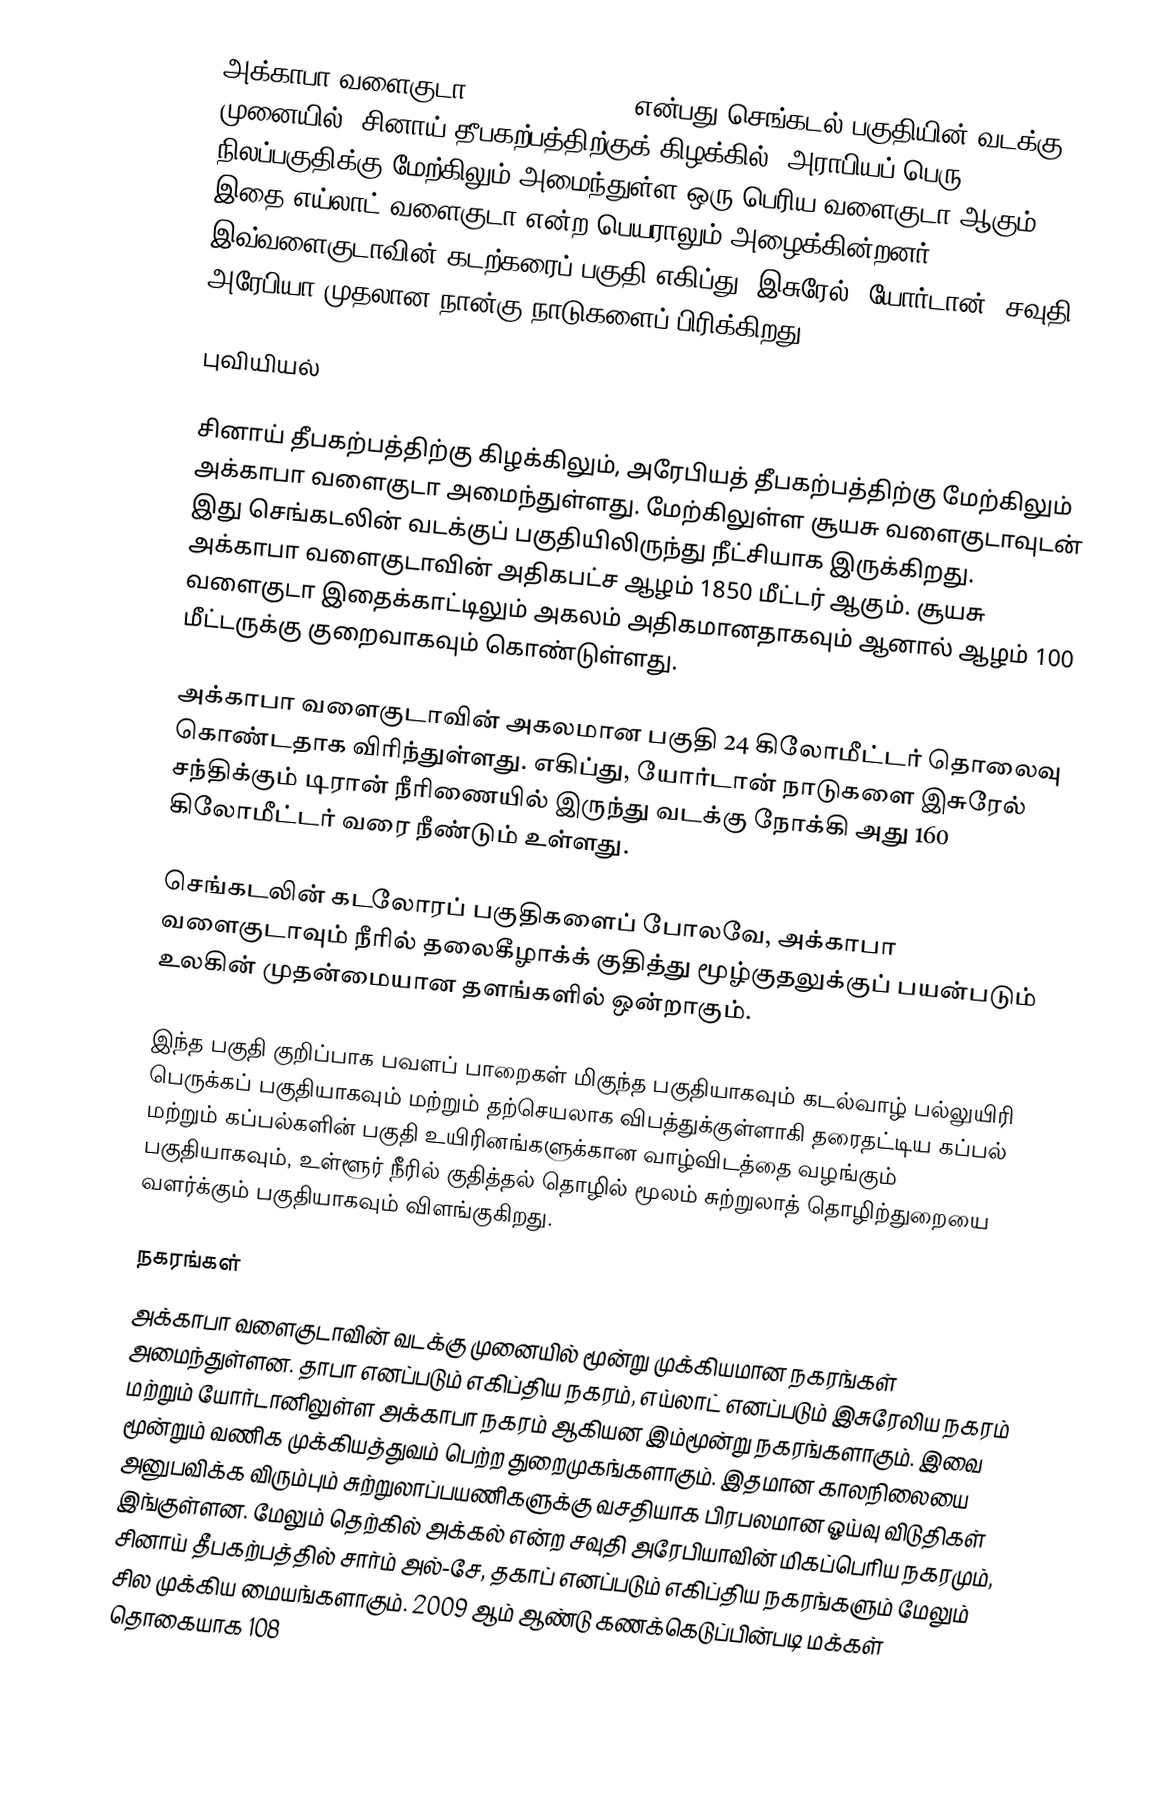
அக்காபா வளைகுடா (Gulf of Aqaba)  என்பது செங்கடல் பகுதியின் வடக்கு முனையில், சினாய் தீபகற்பத்திற்குக் கிழக்கில். அராபியப் பெரு நிலப்பகுதிக்கு மேற்கிலும் அமைந்துள்ள ஒரு பெரிய வளைகுடா ஆகும். இதை எய்லாட் வளைகுடா என்ற பெயராலும் அழைக்கின்றனர். இவ்வளைகுடாவின் கடற்கரைப் பகுதி எகிப்து, இசுரேல். யோர்டான், சவுதி அரேபியா முதலான நான்கு நாடுகளைப் பிரிக்கிறது.

புவியியல்

சினாய் தீபகற்பத்திற்கு கிழக்கிலும், அரேபியத் தீபகற்பத்திற்கு மேற்கிலும் அக்காபா வளைகுடா அமைந்துள்ளது. மேற்கிலுள்ள சூயசு வளைகுடாவுடன் இது செங்கடலின் வடக்குப் பகுதியிலிருந்து நீட்சியாக இருக்கிறது. அக்காபா வளைகுடாவின் அதிகபட்ச ஆழம் 1850 மீட்டர் ஆகும். சூயசு வளைகுடா இதைக்காட்டிலும் அகலம் அதிகமானதாகவும் ஆனால் ஆழம் 100 மீட்டருக்கு குறைவாகவும் கொண்டுள்ளது.

அக்காபா வளைகுடாவின் அகலமான பகுதி 24 கிலோமீட்டர் தொலைவு கொண்டதாக விரிந்துள்ளது. எகிப்து, யோர்டான் நாடுகளை இசுரேல் சந்திக்கும் டிரான் நீரிணையில் இருந்து வடக்கு நோக்கி அது 160 கிலோமீட்டர் வரை நீண்டும் உள்ளது.

செங்கடலின் கடலோரப் பகுதிகளைப் போலவே, அக்காபா வளைகுடாவும் நீரில் தலைகீழாக்க் குதித்து மூழ்குதலுக்குப் பயன்படும் உலகின் முதன்மையான தளங்களில் ஒன்றாகும்.

இந்த பகுதி குறிப்பாக பவளப் பாறைகள் மிகுந்த பகுதியாகவும் கடல்வாழ் பல்லுயிரி பெருக்கப் பகுதியாகவும் மற்றும் தற்செயலாக விபத்துக்குள்ளாகி தரைதட்டிய கப்பல் மற்றும் கப்பல்களின் பகுதி உயிரினங்களுக்கான வாழ்விடத்தை வழங்கும் பகுதியாகவும், உள்ளூர் நீரில் குதித்தல் தொழில் மூலம் சுற்றுலாத் தொழிற்துறையை வளர்க்கும் பகுதியாகவும் விளங்குகிறது.

நகரங்கள்
அக்காபா வளைகுடாவின் வடக்கு முனையில் மூன்று முக்கியமான நகரங்கள் அமைந்துள்ளன. தாபா எனப்படும் எகிப்திய நகரம், எய்லாட் எனப்படும் இசுரேலிய நகரம் மற்றும் யோர்டானிலுள்ள அக்காபா நகரம் ஆகியன இம்மூன்று நகரங்களாகும். இவை மூன்றும் வணிக முக்கியத்துவம் பெற்ற துறைமுகங்களாகும். இதமான காலநிலையை அனுபவிக்க விரும்பும் சுற்றுலாப்பயணிகளுக்கு வசதியாக பிரபலமான ஓய்வு விடுதிகள் இங்குள்ளன. மேலும் தெற்கில் அக்கல் என்ற சவுதி அரேபியாவின் மிகப்பெரிய நகரமும், சினாய் தீபகற்பத்தில் சார்ம் அல்-சே, தகாப் எனப்படும் எகிப்திய நகரங்களும் மேலும் சில முக்கிய மையங்களாகும். 2009 ஆம் ஆண்டு கணக்கெடுப்பின்படி மக்கள் தொகையாக 108